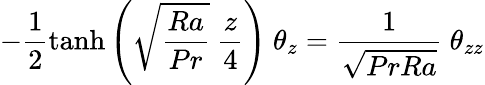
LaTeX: -\frac{1}{2}\operatorname{tanh}{\left(\sqrt{\frac{Ra}{Pr}}\ \frac{z}{4}\right)}\ \theta_{z}=\frac{1}{\sqrt{PrRa}}\ \theta_{zz}